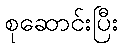
စုဆောင်းပြီး